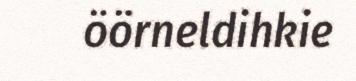
öörneldihkie